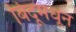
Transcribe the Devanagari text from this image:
बिंदूमधून